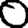
Digit: 0